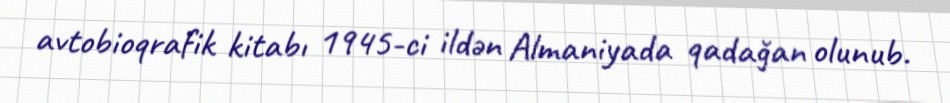
avtobioqrafik kitabı 1945-ci ildən Almaniyada qadağan olunub.